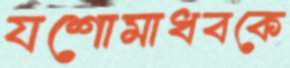
যশোমাধবকে